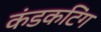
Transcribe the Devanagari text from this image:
कंडकटिंग